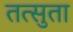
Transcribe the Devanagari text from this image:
तत्सुता